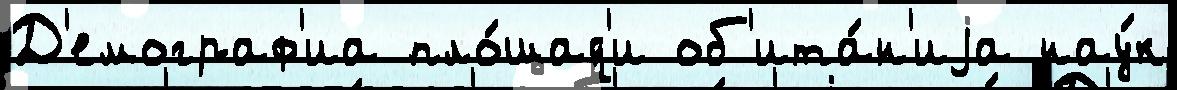
Д'емограф'иа пло́щад'и об'ита́н'иjа нау́к